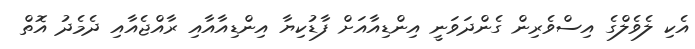
އެކި ލެވެލްގެ އިސްވެރިން ގެންދަވަނީ އިންޑިއާއަށް ފާޑުކިޔާ އިންޑިއާއާއި ރާއްޖެއާއި ދެމެދު އޮތް